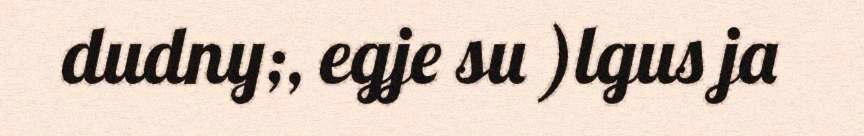
dudny;, egje su )lgus ja